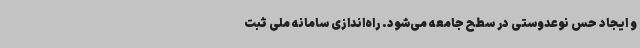
و ایجاد حس نوعدوستی در سطح جامعه می‌شود. راه‌اندازی سامانه ملی ثبت